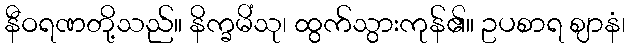
နီဝရဏတို့သည်။ နိက္ခမိံသု၊ ထွက်သွားကုန်၏။ ဥပစာရ ဈာနံ၊